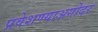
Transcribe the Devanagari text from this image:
प्रवेशण्याअगोदर